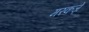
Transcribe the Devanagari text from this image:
मरकज़े